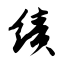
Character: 绩